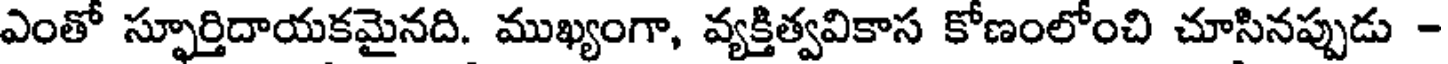
ఎంతో స్ఫూర్తిదాయకమైనది. ముఖ్యంగా, వ్యక్తిత్వవికాస కోణంలోంచి చూసినప్పుడు -